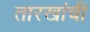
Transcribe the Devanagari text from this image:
तारखांची